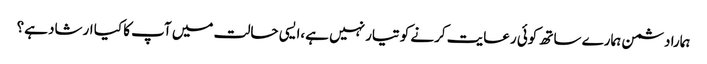
ہمارا دشمن ہمارے ساتھ کوئی رعایت کرنے کو تیار نہیں ہے،ایسی حالت میں آپ کا کیا ارشاد ہے؟